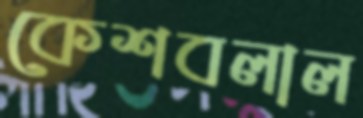
কেশবলাল